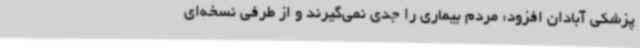
پزشکی آبادان افزود: مردم بیماری را جدی نمی‌گیرند و از طرفی نسخه‌ای